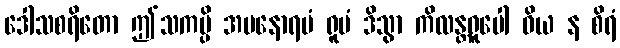
ဒေါသစရိတော ဤသကမ္ပိ အမနောရမံ ရူပံ ဒိသွာ ကိလန္တရူပေါ ဝိယ န စိရံ